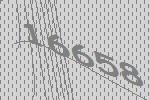
16658